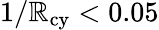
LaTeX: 1/\mathbb{R}_{\mathrm{{cy}}}<0.05